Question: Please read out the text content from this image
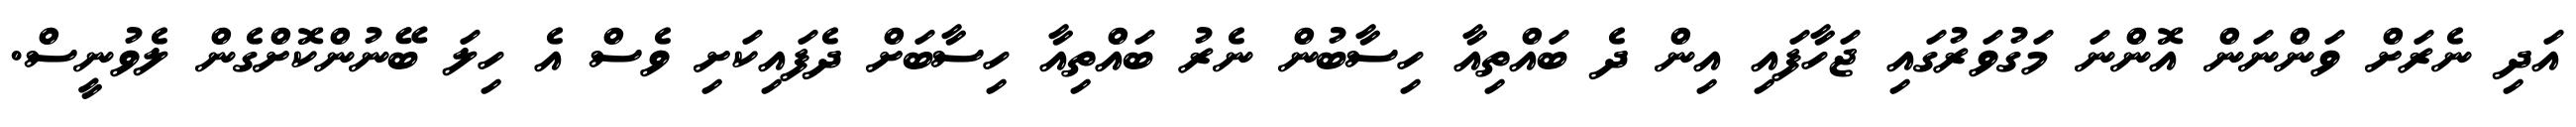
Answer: އަދި ނެރަށް ވަންނަން އޮންނަ މަގުވަރުގައި ޖަހާފައި އިން ދެ ބައްތިއާ ހިސާބުން ނެރު ބައްތިއާ ހިސާބަށް ދެފައިކަށި ވެސް އެ ހިލަ ބޭނުންކޮށްގެން ލެވުނީސް.